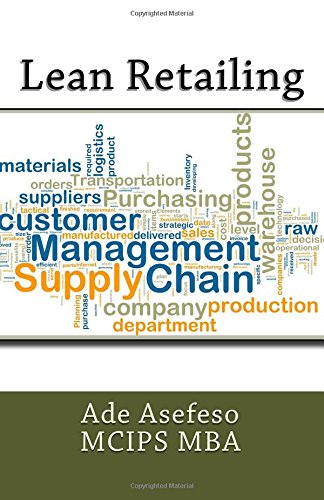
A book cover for Lean Retailing; Ade Asefeso MCIPS MBA; Business & Money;